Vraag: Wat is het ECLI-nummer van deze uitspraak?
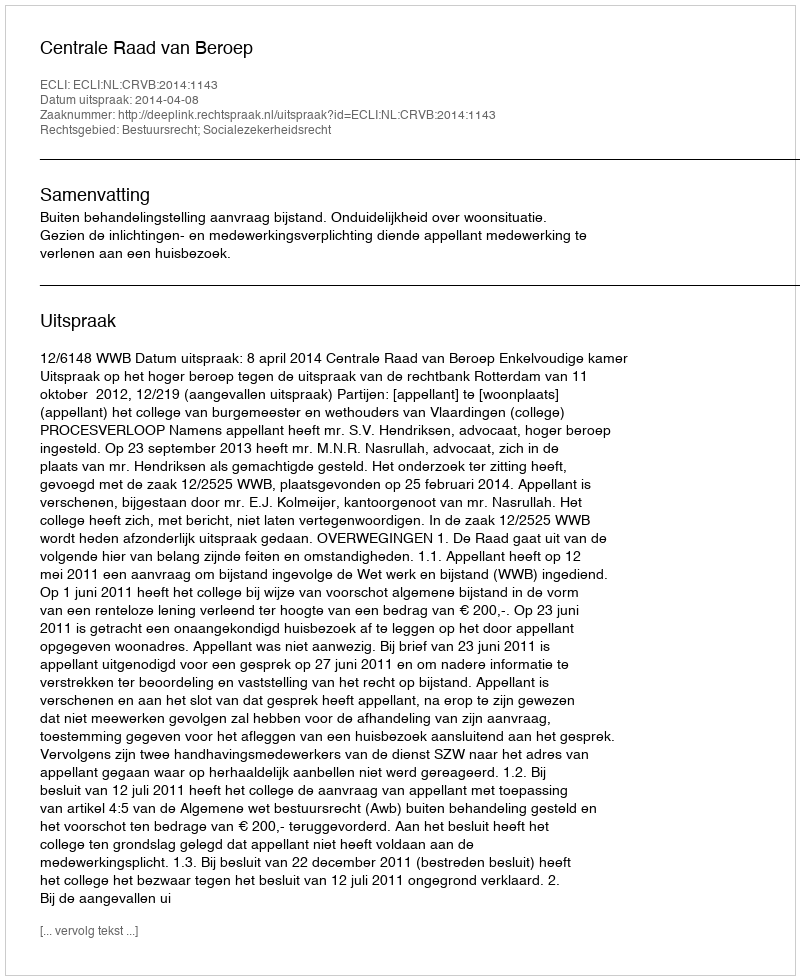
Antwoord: ECLI:NL:CRVB:2014:1143